Report of the Municipal Commissioner on the plague in Bombay for the year ending 31st May... - Volume 3
Disease focus: Plague
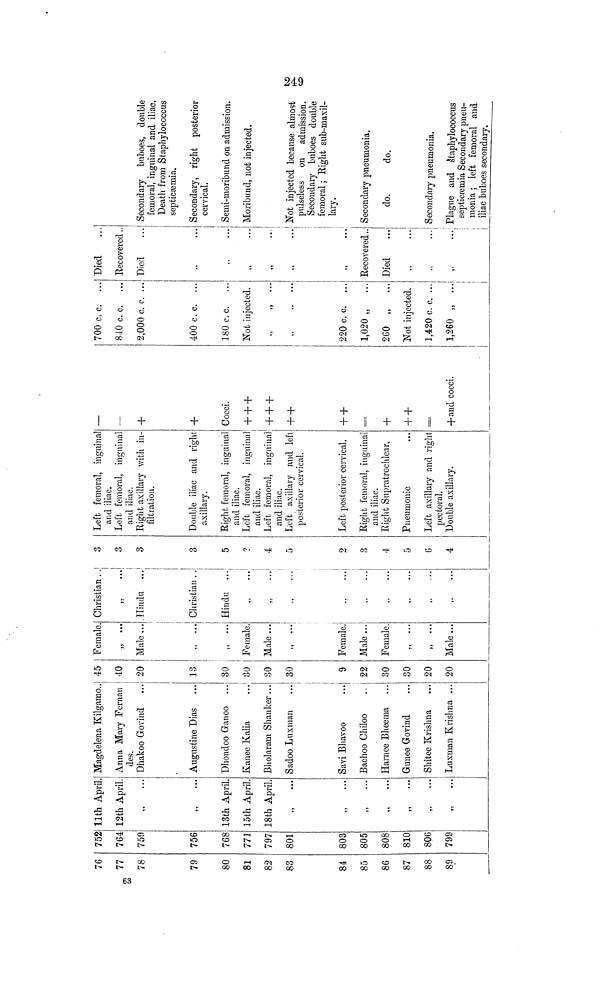
76
63
78
79
80
81
82
83
84
85
86
87
88
89
752
764
759
756
768
771
797
801
803
805
808
810
806
799
11th April.
12th April
,, ...
,, ...
13th April.
15th April.
18th April.
,, ...
,, ...
,, ...
,, ...
,,
...
,,
...
,, ...
Magdelena Kilgamo..
Anna Mary Fernan
des.
Dhakoo Govind
Augustine Dias
Dhondoo Ganoo
Kanee Kalia
Bholaram Shanker...
Sadoo Luxman
Savi Bhavoo
Bachoo Chiloo
Harnee Bheema
Gunee Govind
Shitee Krishna
Luxman Krishna ...
45
40
20
13
30
30
30
30
22
30
30
20
20
Female.
,, ...
Male ...
Female.
Male ...
,,
Female.
Male ..-.
Female.
,, ...
,, ...
Male ...
Christian..
,,
...
Hindu
Christian . .
Hindu
,,
...
...
"
3
3
3
3
5
9
4
5
2
3
4
5
6
4
Left femoral, inguinal
and iliac.
Left femoral, inguinal
and iliac.
Right axillary with in-
filtration.
Double iliac and right
axillary.
Right femoral, inguinal
and iliac.
Left femoral, inguinal
and iliac.
Left femoral, inguinal
and iliac.
Left axillary and left
posterior cervical.
Left posterior cervical.
Right femoral, inguinal
and iliac.
Right Supratrochlear,
Pneumonic
Left axillary and right
pectoral.
Double axillary.
—
—
+
+
Cocci.
+ + +
+ + +
+ +
+ +
+
+ +
+ and cocci.
700 c. c. ...
840 c. c. ...
2,000 c. c. ...
400 c. c. ...
180 c. c. ...
Not injected.
,, ,, ...
,,
,.
...
220 c. c.
1,020 „
...
260 „
...
Not injected.
1,420 c. c. ...
1,260 „ ...
Died
Recovered..
Died
,, ...
Recovered..
Died
,, ...
Secondary buboes, double
femoral, inguinal and iliac.
Death from Staphylococcus
septicæmia.
Secondary, right posterior
cervical.
Semi-moribund on admission.
Moribund, not injected.
Not injected because almost
pulseless on admission.
Secondary buboes double
femoral ; Right sub-maxil-
lary.
Secondary pneumonia.
do.
do.
Secondary pneumonia.
Plague and staphylococcus
septicemia Secondary pneu-
monia ; left femoral and
iliac buboes secondary.
249